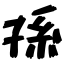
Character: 孫